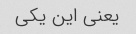
یعنی این یکی